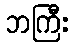
ဘကြီး